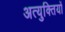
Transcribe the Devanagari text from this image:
अत्युक्तियों